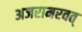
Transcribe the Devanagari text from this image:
अजरामरवत्